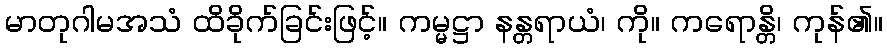
မာတုဂါမအသံ ထိခိုက်ခြင်းဖြင့်။ ကမ္မဋ္ဌာ နန္တရာယံ၊ ကို။ ကရောန္တိ၊ ကုန်၏။